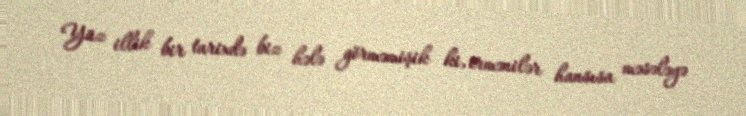
Yüz illik bir tarixdə biz hələ görməmişik ki, ermənilər hansısa məsələyə